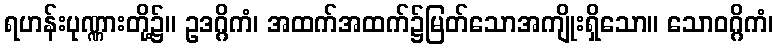
ရဟန်းပုဏ္ဏားတို့၌။ ဥဒဂ္ဂိကံ၊ အထက်အထက်၌မြတ်သောအကျိုးရှိသော။ သောဝဂ္ဂိကံ၊